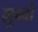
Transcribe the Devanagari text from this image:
लुन्वो